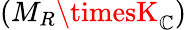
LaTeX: (M_{R}\timesK_{\mathbb{C}})